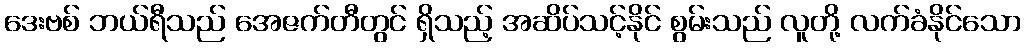
ဒေးဗစ် ဘယ်ရီသည် အေဇက်တီတွင် ရှိသည့် အဆိပ်သင့်နိုင် စွမ်းသည် လူတို့ လက်ခံနိုင်သော